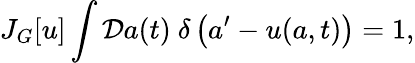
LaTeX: J_{G}[u]\int{\cal D}a(t)~\delta\left(a^{\prime}-u(a,t)\right)=1,